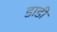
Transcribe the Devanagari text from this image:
डाडी